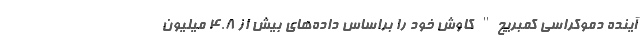
آینده دموکراسی کمبریج" کاوش خود را براساس داده‌های بیش از 4.8 میلیون